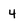
Character: 4